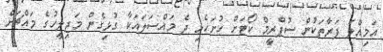
އަމިއްލަ ފަރާތަކުން ސުޕްރީމް ކޯޓަށް ހުށަހެޅި ދެ މައްސަލައަކާ ގުޅިގެން މަޖިލީހުގެ މައްޗަށް